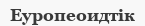
Еуропеоидтік